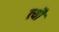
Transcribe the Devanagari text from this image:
त्‍यौं